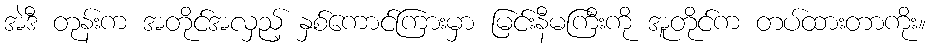
အဲဒီ တုန်းက အတိုင်အလှည့် နှစ်ကောင်ကြားမှာ မြင်းနီမကြီးကို အူတိုင်က တပ်ထားတာကိုး။